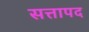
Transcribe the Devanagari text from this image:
सत्तापद